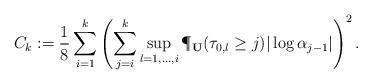
LaTeX: \begin{align*}C_k:=\frac{1}{8}\sum_{i=1}^k\left(\sum_{j=i}^k\sup_{l=1,\ldots,i}\P_{\bf U}(\tau_{0,l}\ge j)|\log\alpha_{j-1}|\right)^2.\end{align*}